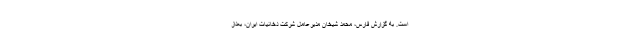
است. به گزارش فارس، محمد شیخان مدیرعامل شرکت دخانیات ایران، بعداز